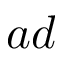
a d